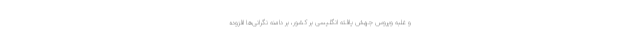
و غلبه ویروس جهش یافته انگلیسی بر کشور، بر دامنه نگرانی‌ها افزوده